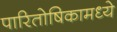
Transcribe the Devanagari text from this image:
पारितोषिकामध्ये